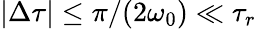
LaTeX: |\Delta\tau|\leq\pi/(2\omega_{0})\ll\tau_{r}